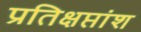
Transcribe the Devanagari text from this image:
प्रतिक्षप्तांश